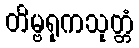
တိမ္ဗရုကသုတ္တံ